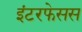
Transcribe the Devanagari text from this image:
इंटरफेसस